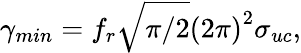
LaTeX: \gamma_{min}=f_{r}\sqrt{\pi/2}\left(2\pi\right)^{2}\sigma_{uc},